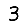
Digit: 3